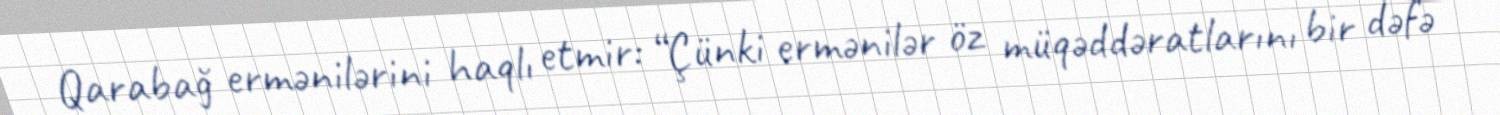
Qarabağ ermənilərini haqlı etmir: “Çünki ermənilər öz müqəddəratlarını bir dəfə